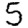
Digit: 5